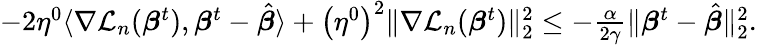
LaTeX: \begin{array}{r}{-2\eta^{0}\langle\nabla{\mathcal L}_{n}({\boldsymbol{\beta}}^{t}),{\boldsymbol{\beta}}^{t}-\hat{\boldsymbol{\beta}}\rangle+\left(\eta^{0}\right)^{2}\| \nabla{\mathcal L}_{n}({\boldsymbol{\beta}}^{t})\| _{2}^{2}\leq-\frac{\alpha}{2\gamma}\| {\boldsymbol{\beta}}^{t}-\hat{\boldsymbol{\beta}}\| _{2}^{2}.}\end{array}